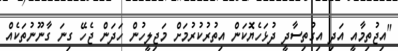
"އިޖުތިމާއީ އަދި އިގުތިސާދީ ދުޅަހެޔޮކަން އިތުރުކުރުމަށް މަޖިލީހުން ހަދަން ޖެހޭ ގިނަ ގާނޫނުތަކެއް